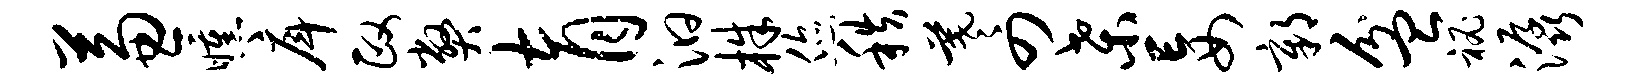
兼曛戽政弊育汩株您秩羲四桑妄鄣盆秘潺